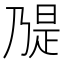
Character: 𫡝